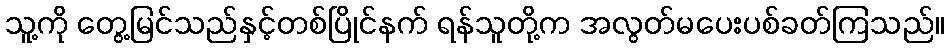
သူ့ကို တွေ့မြင်သည်နှင့်တစ်ပြိုင်နက် ရန်သူတို့က အလွတ်မပေးပစ်ခတ်ကြသည်။